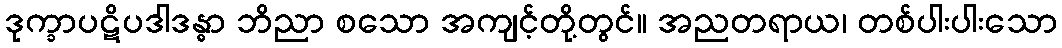
ဒုက္ခာပဋိပဒါဒန္ဓာ ဘိညာ စသော အကျင့်တို့တွင်။ အညတရာယ၊ တစ်ပါးပါးသော